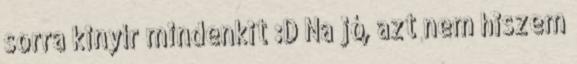
sorra kinyír mindenkit :D Na jó, azt nem hiszem